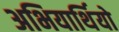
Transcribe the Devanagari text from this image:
अभियार्थियो